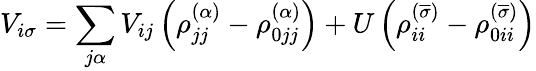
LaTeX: V_{i\sigma}=\sum_{j\alpha}V_{ij}\left(\rho_{jj}^{\left(\alpha\right)}-\rho_{0jj}^{\left(\alpha\right)}\right)+U\left(\rho_{ii}^{\left(\overline{{\sigma}}\right)}-\rho_{0ii}^{\left(\overline{{\sigma}}\right)}\right)